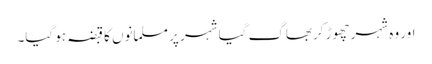
اور وہ شہر چھوڑ کربھاگ گیا شہر پر مسلمانوں کا قبضہ ہو گیا۔